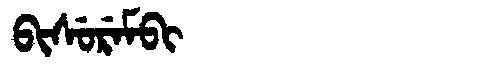
Manchu: ᠪᡳᠰᡠᡵᡝᠮᠪᡳ
Romanization: BISUREMBI